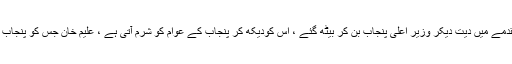
نیاز ی صاحب آپ نے جس کو وزیر اعلیٰ پنجاب بنایا ہے وہ قتل کے مقدمے میں دیت دیکر وزیر اعلیٰ پنجاب بن کر بیٹھ گئے ، اس کودیکھ کر پنجاب کے عوام کو شرم آتی ہے ، علیم خان جس کو پنجاب کا سینئر وزیر بنا کر بٹھایا گیاہے وہ خود قبضہ گروپ کی علامت ہے۔